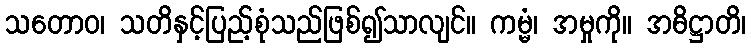
သတောဝ၊ သတိနှင့်ပြည့်စုံသည်ဖြစ်၍သာလျင်။ ကမ္မံ၊ အမှုကို။ အဓိဋ္ဌာတိ၊